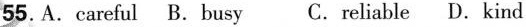
55. A. careful B. busy C. reliable D. kind